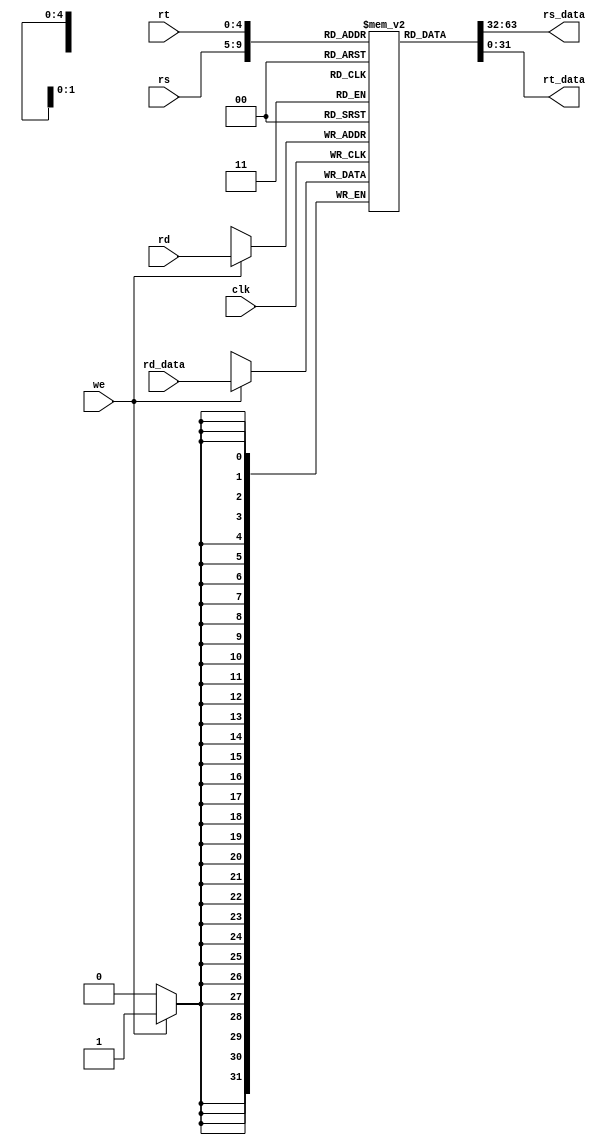
module register_bank(
  input clk, 
  input we, 
  
  input [4:0] rs,
  input [4:0] rt,
  input [4:0] rd,

  input [31:0] rd_data, 
  output [31:0] rs_data,
  output [31:0] rt_data   
);
  
  reg [31:0]regs [31:0];

  assign rs_data = regs[rs];
  assign rt_data = regs[rt];
  
  always @(posedge clk)
  // Write register.
  begin
    if(we)
    begin
      regs[rd] <= rd_data; 
    end
  end

  initial begin
    regs[0] <= 32'd0;
    regs[1] <= 32'd0;
    regs[2] <= 32'd0;
    regs[3] <= 32'd0;
    regs[4] <= 32'd0;
    regs[5] <= 32'd0;
    regs[6] <= 32'd0;
    regs[7] <= 32'd0;
    regs[8] <= 32'd0;
    regs[9] <= 32'd0;
    regs[10] <= 32'd0;
    regs[11] <= 32'd0;
    regs[12] <= 32'd0;
    regs[13] <= 32'd0;
    regs[14] <= 32'd0;
    regs[15] <= 32'd0;
    regs[16] <= 32'd0;
    regs[17] <= 32'd0;
    regs[18] <= 32'd0;
    regs[19] <= 32'd0;
    regs[20] <= 32'd0;
    regs[21] <= 32'd0;
    regs[22] <= 32'd0;
    regs[23] <= 32'd0;
    regs[24] <= 32'd0;
    regs[25] <= 32'd0;
    regs[26] <= 32'd0;
    regs[27] <= 32'd0;
    regs[28] <= 32'd0;
    regs[29] <= 32'd0;
    regs[30] <= 32'd0;
    regs[31] <= 32'd0;
  end
endmodule